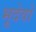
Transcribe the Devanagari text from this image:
भूदेवो